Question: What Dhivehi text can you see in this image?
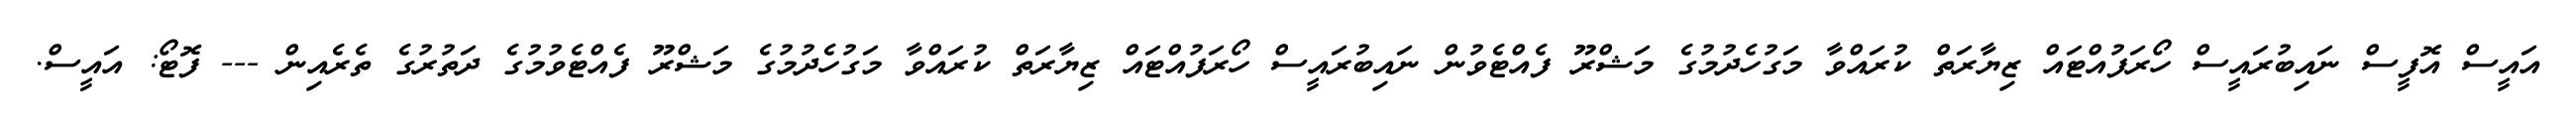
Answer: އައީސް އޮފީސް ނައިބުރައީސް ހޯރަފުއްޓައް ޒިޔާރަތް ކުރައްވާ މަގުހެދުމުގެ މަޝްރޫ ފެއްޓެވުން ނައިބުރައީސް ހޯރަފުއްޓައް ޒިޔާރަތް ކުރައްވާ މަގުހެދުމުގެ މަޝްރޫ ފެއްޓެވުމުގެ ދަތުރުގެ ތެރެއިން --- ފޮޓޯ: އައީސް.